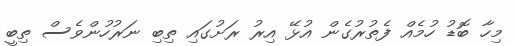
މިހާ ބޮޑު ހުމެއް ފެތުރުގެން އުޅޭ އިރު ރަށުގައި ތިބި ނަރުހުންވެސް ތިބީ